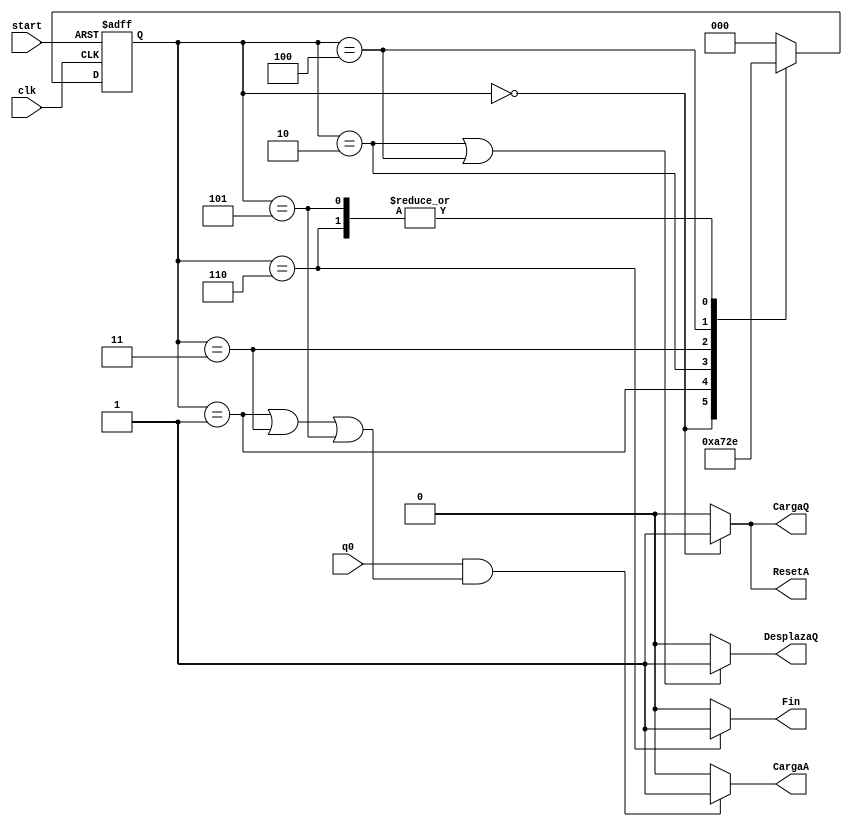
module uc(input wire q0, start, clk, output wire CargaQ, DesplazaQ, ResetA, CargaA, Fin);

  reg [2:0] state,nextstate;

  parameter S0 = 3'b000;
  parameter S1 = 3'b001;
  parameter S2 = 3'b010;
  parameter S3 = 3'b011;
  parameter S4 = 3'b100;
  parameter S5 = 3'b101;
  parameter S6 = 3'b110;

  always @ (posedge clk, posedge start)
	  if (start)
		  state <= S0;
	  else
		  state <= nextstate;

  //Funcin de Transicin
  always @(*)

	  case (state)
		  S0: nextstate = S1;
		  S1: nextstate = S2;
		  S2: nextstate = S3;
		  S3: nextstate = S4;
		  S4: nextstate = S5;
		  S5: nextstate = S6;
		  S6: nextstate = S6;
		  default: nextstate = S0;
	  endcase

  // Funcin de Salida
  assign CargaQ = (state == S0)? 1:0; //a 1 si el estado es S0
  assign DesplazaQ = ((state == S2)|(state == S4))? 1:0;
  assign ResetA = (state == S0)? 1:0;
  assign CargaA = (q0 & ((state == S1)|(state == S3)|(state == S5)))? 1:0;
  assign Fin = (state == S6)? 1:0;

endmodule